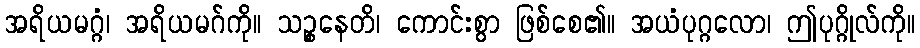
အရိယမဂ္ဂံ၊ အရိယမဂ်ကို။ သဉ္စနေတိ၊ ကောင်းစွာ ဖြစ်စေ၏။ အယံပုဂ္ဂလော၊ ဤပုဂ္ဂိုလ်ကို။